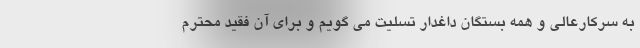
به سرکارعالی و همه بستگان داغدار تسلیت می گویم و برای آن فقید محترم